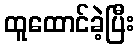
ထူထောင်ခဲ့ပြီး